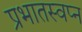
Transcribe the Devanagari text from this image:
प्रभातस्वप्न